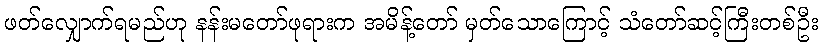
ဖတ်လျှောက်ရမည်ဟု နန်းမတော်ဖုရားက အမိန့်တော် မှတ်သောကြောင့် သံတော်ဆင့်ကြီးတစ်ဦး